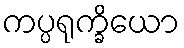
ကပ္ပရုက္ခိယော